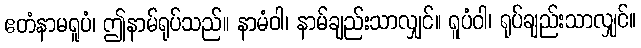
ဧတံနာမရူပံ၊ ဤနာမ်ရုပ်သည်။ နာမံဝါ၊ နာမ်ချည်းသာလျှင်။ ရူပံဝါ၊ ရုပ်ချည်းသာလျှင်။